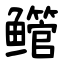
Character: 鳤